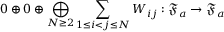
0 \oplus 0 \oplus \bigoplus _ { N \ge 2 } \sum _ { 1 \le i < j \le N } W _ { i j } : \mathfrak { F } _ { a } \to \mathfrak { F } _ { a }